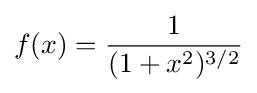
f(x)={\frac {1}{(1+x^{2})^{3/2}}}